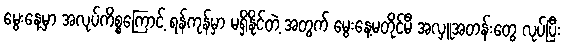
မွေးနေ့မှာ အလုပ်ကိစ္စကြောင့် ရန်ကုန်မှာ မရှိနိုင်တဲ့ အတွက် မွေးနေ့မတိုင်မီ အလှူအတန်းတွေ လုပ်ပြီး